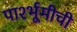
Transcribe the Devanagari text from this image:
पार्श्भूमीची